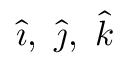
{ \hat { \boldsymbol { \imath } } } , \ { \hat { \boldsymbol { \jmath } } } , \ { \hat { \boldsymbol { k } } }